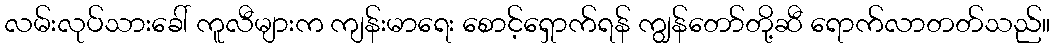
လမ်းလုပ်သားခေါ် ကူလီများက ကျန်းမာရေး စောင့်ရှောက်ရန် ကျွန်တော်တို့ဆီ ရောက်လာတတ်သည်။